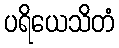
ပရိယေသိတံ